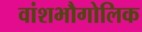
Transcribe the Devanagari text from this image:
वांशभौगोलिक